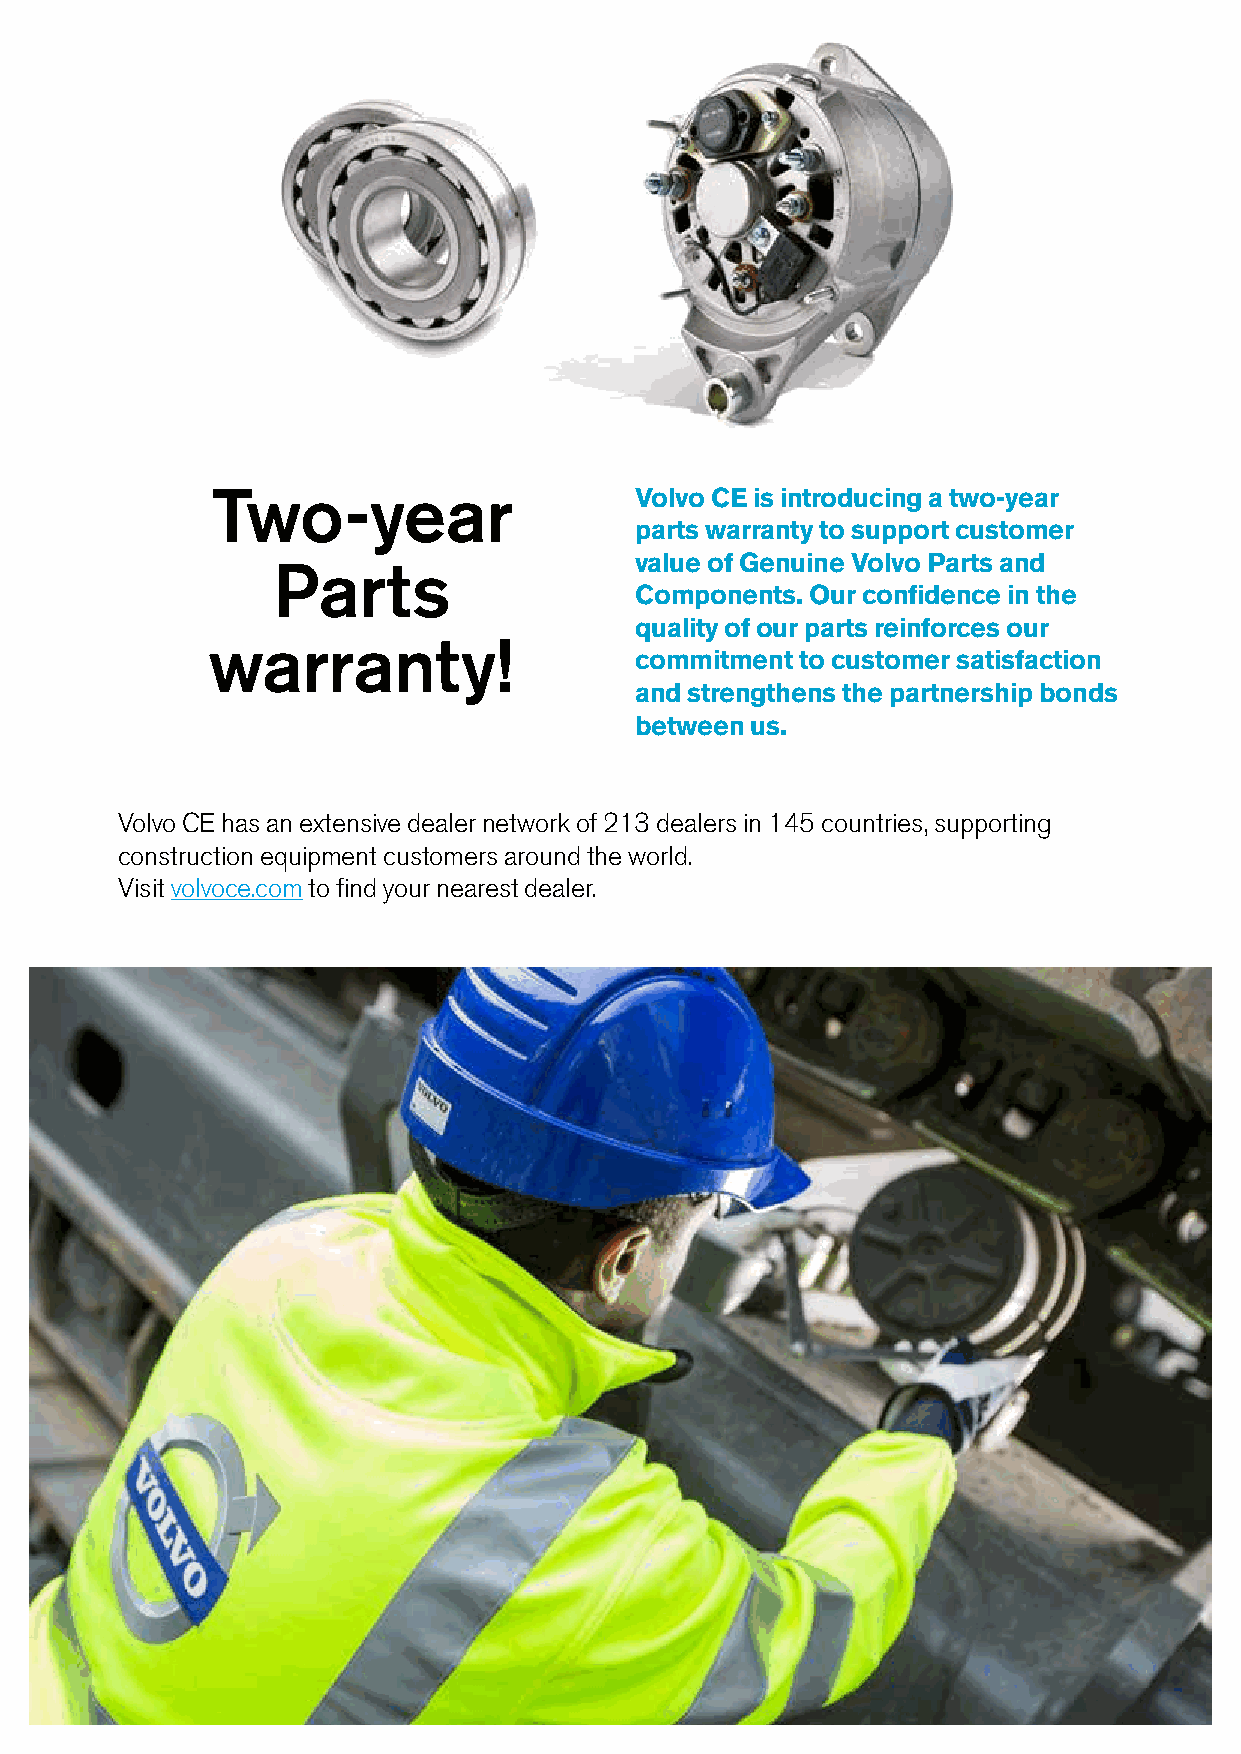
Two-year                    Volvo CE is introducing a two-year
 parts warranty to support customer
 value of Genuine Volvo Parts and
 Parts
 Components. Our confidence in the
 quality of our parts reinforces our
 warranty!
 commitment to customer satisfaction
 and strengthens the partnership bonds
 between us.
 Volvo CE has an extensive dealer network of 213 dealers in 145 countries, supporting
 construction equipment customers around the world.
 Visit volvoce.com to find your nearest dealer.
 3